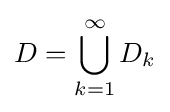
D=\bigcup _{k=1}^{\infty }D_{k}